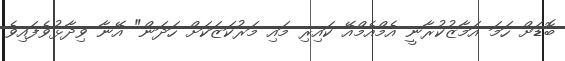
ބޮޑަށް ހަމަ އަމާޒުކުރާނީ އެމްއެމްއޭ ކައިރި މައި މަރުކަޒަކަށް ހަދަން" އޭނާ ވިދާޅުވެފައިވެ